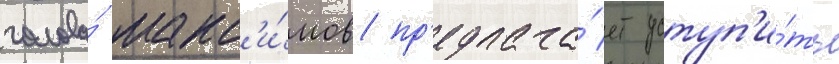
голова́ макс'и́мов пр'едлага́ет уступ'и́ть